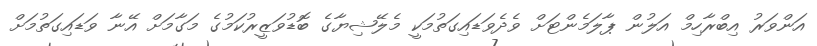
އަންވަރު އިބްރާހިމް އަލުން ޕާލަމެންޓަށް ވެދެވަޑައިގަތުމަކީ މެލޭޝިޔާގެ ބޮޑުވަޒީރުކަމުގެ މަގާމަށް އޭނާ ވަޑައިގަތުމަށް